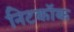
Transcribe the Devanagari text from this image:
निटकॉक